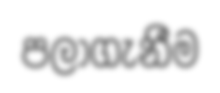
පලාගැනීම